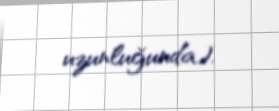
uzunluğunda).